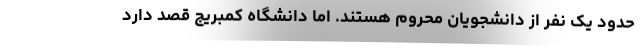
حدود یک نفر از دانشجویان محروم هستند. اما دانشگاه کمبریج قصد دارد